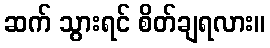
ဆက် သွားရင် စိတ်ချရလား။